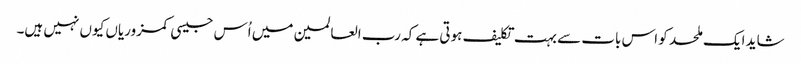
شاید ایک ملحد کو اس بات سے بہت تکلیف ہوتی ہے کہ رب العالمین میں اُس جیسی کمزوریاں کیوں نہیں ہیں۔